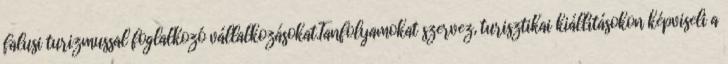
falusi turizmussal foglalkozó vállalkozásokat.Tanfolyamokat szervez, turisztikai kiállításokon képviseli a